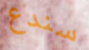
سندع